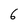
Character: 6